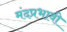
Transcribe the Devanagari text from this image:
मंदप्रभावी